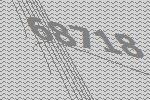
68718